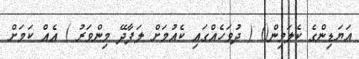
އަޔަޑިންގެ ކެލަމިން() ( ދުވަހެއްގައި ކެއުމަށް ލަފާދޭ މިންވަރު ) އެއް ކަމަށް